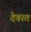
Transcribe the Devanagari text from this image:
देवरत